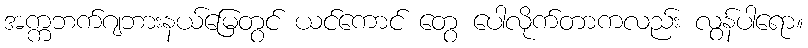
အက္ကဘက်ဂျဘားနယ်မြေတွင် ယင်ကောင် တွေ ပေါလိုက်တာကလည်း လွန်ပါရော။